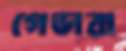
গেভারা